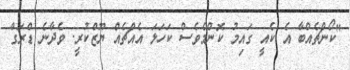
"ކޯންޗެއްބާ އެ ކެއީ ގައިމު ކޮންމެވެސް ކަހަލަ އެއްޗެއް ޔޫޒްކުރީ. ވެދާނެ ޑްރަގް